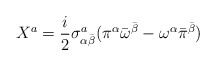
\begin{align*}X^{a}=\frac{i}{2}\sigma^a_{\alpha{\bar\beta}}(\pi^\alpha{\bar\omega}^{\bar\beta}-\omega^\alpha{\bar\pi}^{\bar\beta})\end{align*}